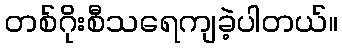
တစ်ဂိုးစီသရေကျခဲ့ပါတယ်။